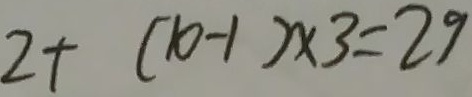
2 + ( 1 0 - 1 ) \times 3 = 2 9